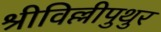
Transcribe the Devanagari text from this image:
श्रीविल्लीपुथुर